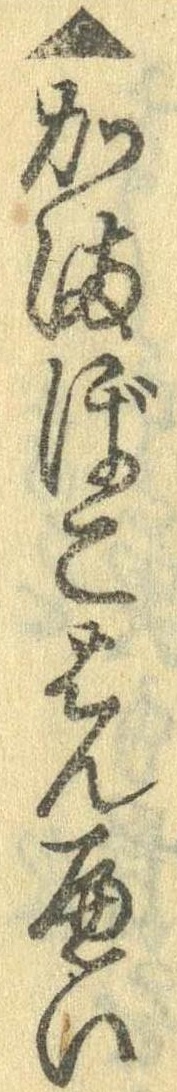
▲かまぼこはんへい